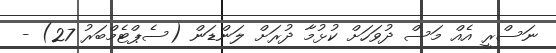
ނަސްރީ އެއް މަސް ދުވަހަށް ކުޅުމާ ދުރަށް ލަންޑަން (ސެޕްޓެމްބަރު 27) -